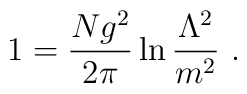
1= \frac{Ng^2}{2\pi}\ln \frac{\Lambda^2}{m^2}  \ .